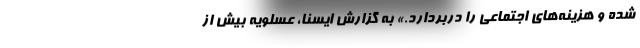
شده و هزینه‌های اجتماعی را دربردارد.» به گزارش ایسنا، عسلویه بیش از